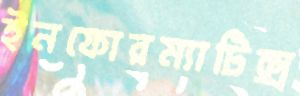
ইনফোরম্যাটিক্স